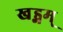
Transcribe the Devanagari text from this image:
खड्गम्